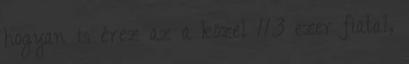
hogyan is érez az a közel 113 ezer fiatal,